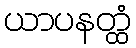
ယာပနတ္ထံ